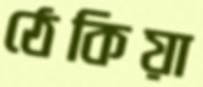
ঠেকিয়া